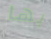
بها